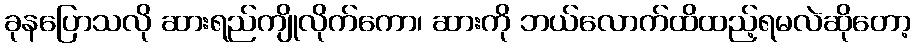
ခုနပြောသလို ဆားရည်ကျိုလိုက်ကော၊ ဆားကို ဘယ်လောက်ထိထည့်ရမလဲဆိုတော့